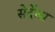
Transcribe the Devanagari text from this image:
सेर्देत्स